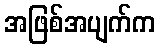
အဖြစ်အပျက်က